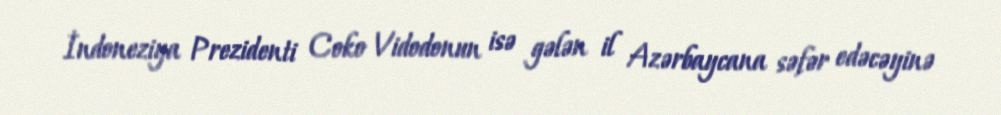
İndoneziya Prezidenti Coko Vidodonun isə gələn il Azərbaycana səfər edəcəyinə